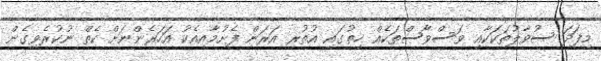
މިފަދަ ސުވާލުތަކަކާއި ވަސްވާސްތަކެއް ހިތުގައި އުތުރި އަރަން ފެށުމާއިއެކު އަހަރެންނަށް ކެތް ނުކުރެވިގެން